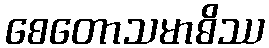
စေတောသမာဓိဿ